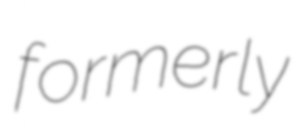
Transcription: formerly